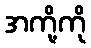
အကို့ကို